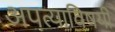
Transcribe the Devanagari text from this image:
अपत्याविषयी